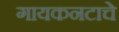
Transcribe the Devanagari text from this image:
गायकनटाचे